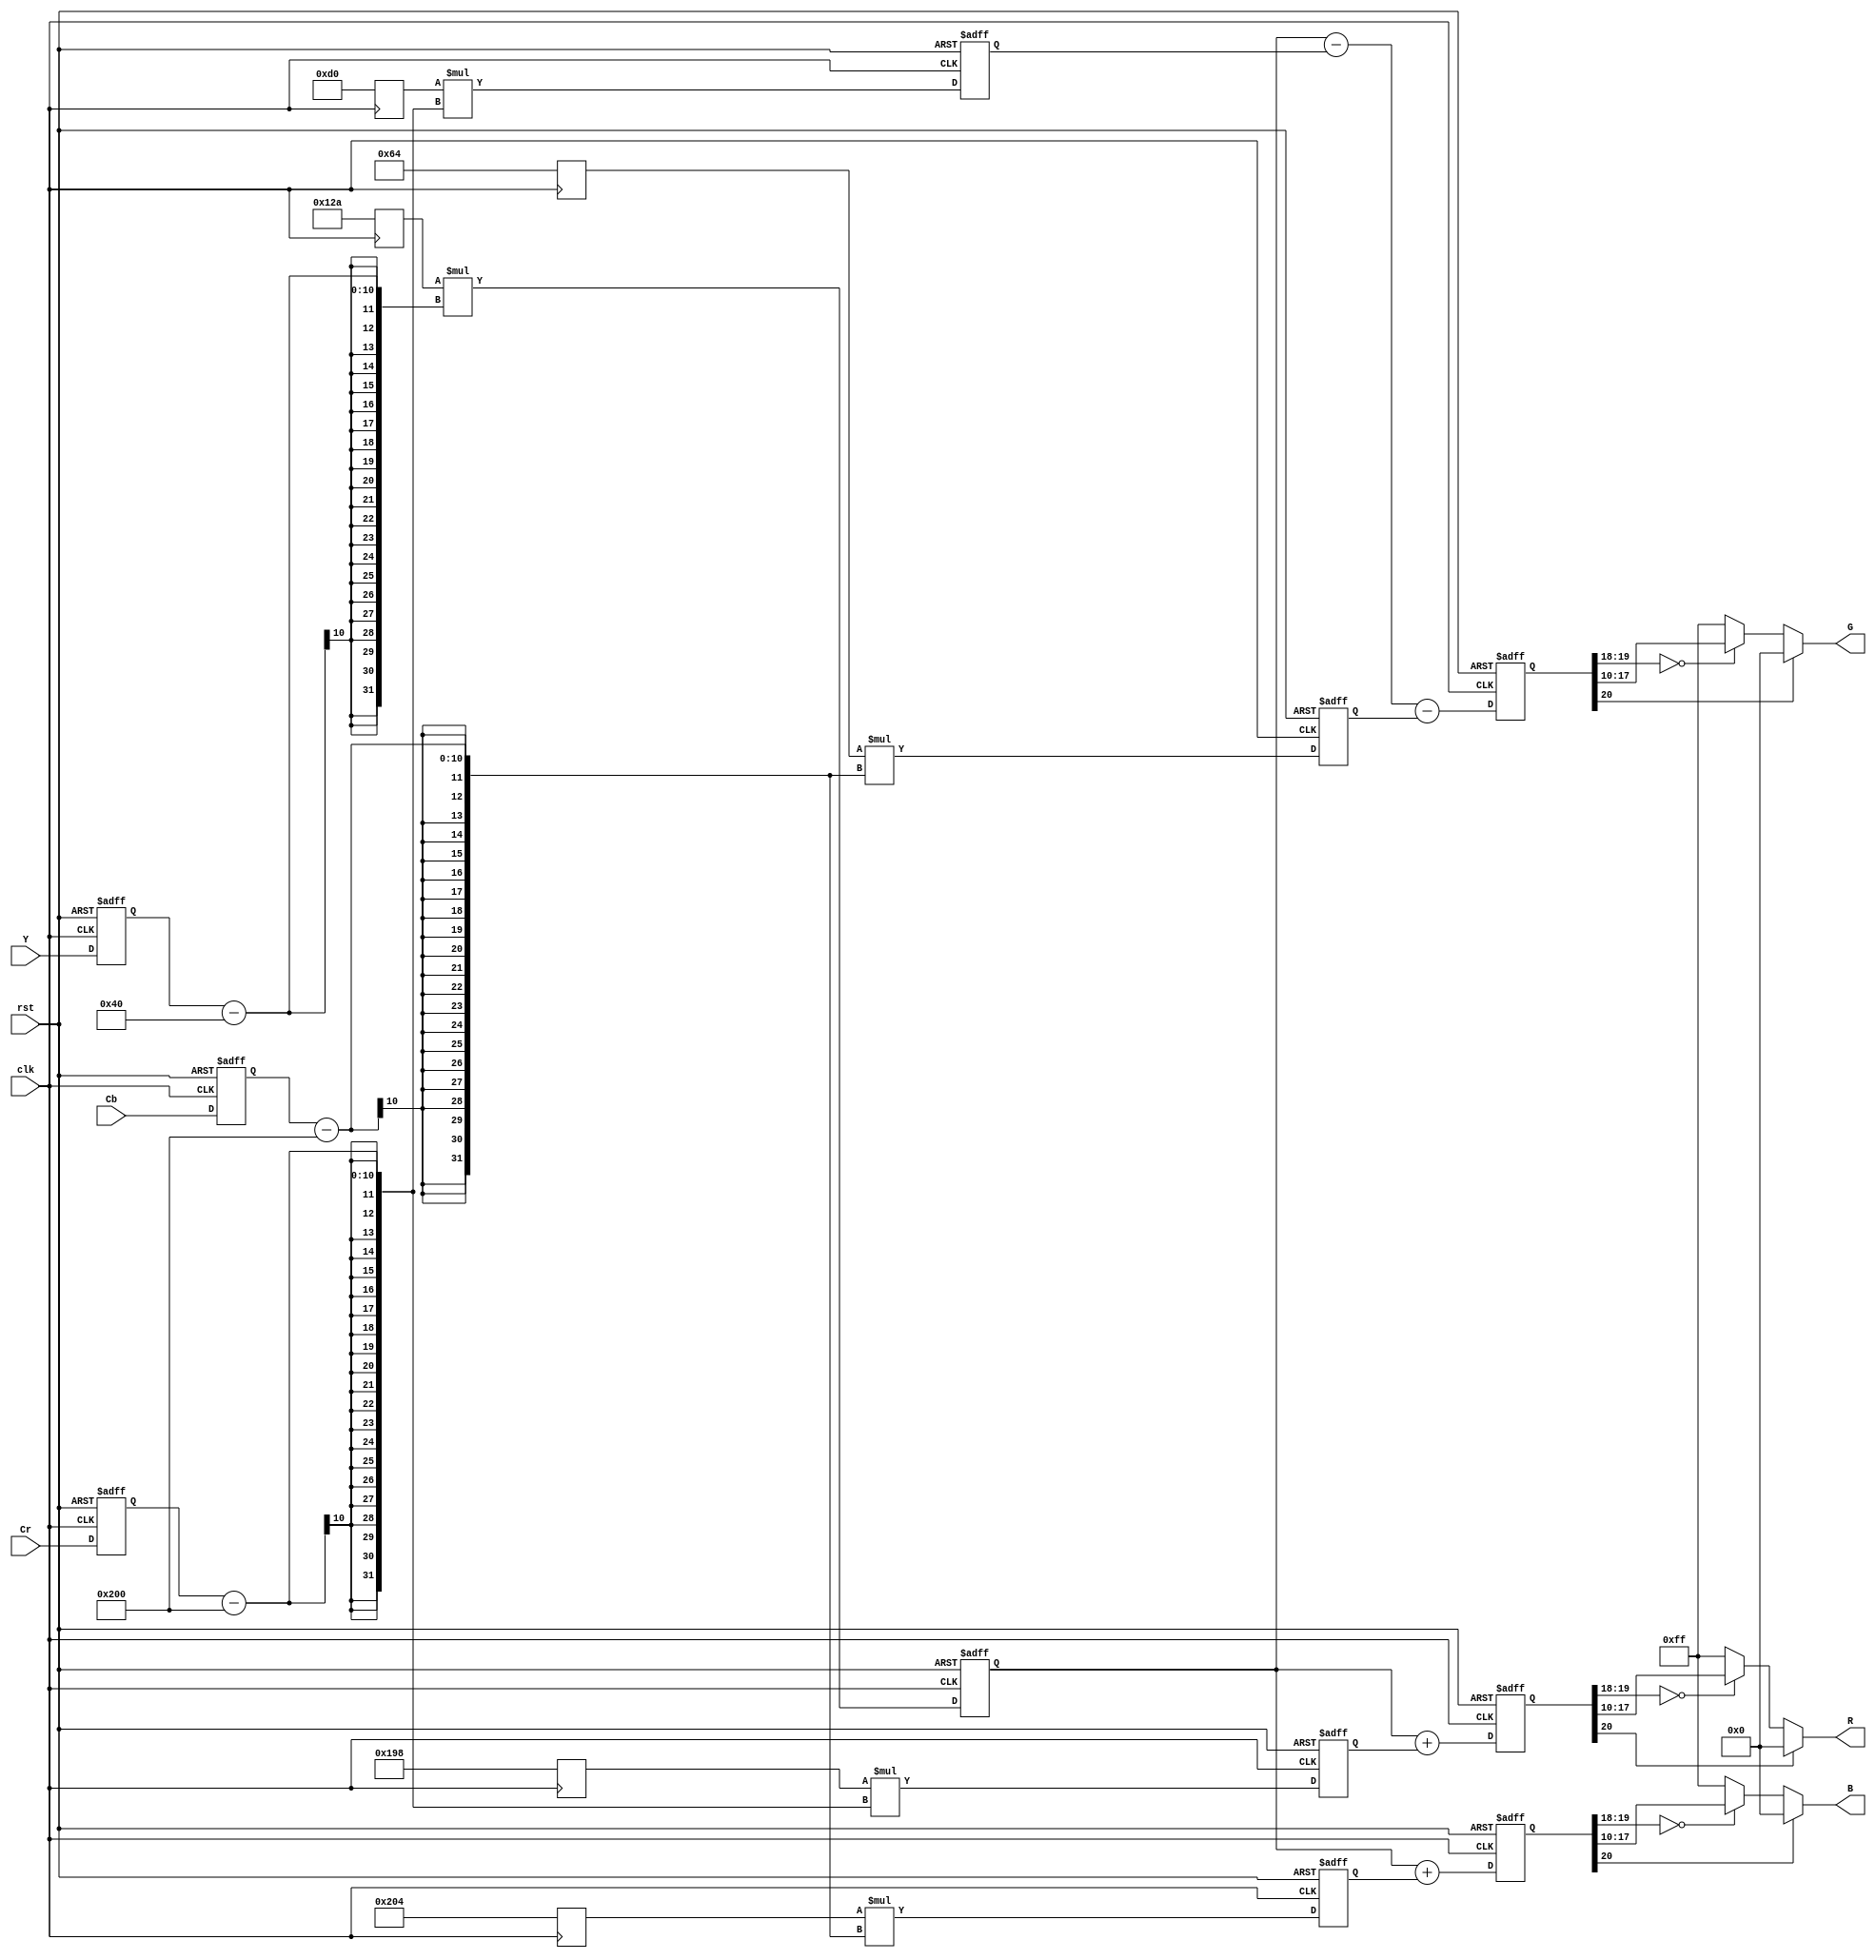
module ycrcb2rgb ( R, G, B, clk, rst, Y, Cr, Cb );
output [7:0]  R, G, B;
input clk,rst;
input[9:0] Y, Cr, Cb;
wire [7:0] R,G,B;
reg [20:0] R_int,G_int,B_int,X_int,A_int,B1_int,B2_int,C_int; 
reg [9:0] const1,const2,const3,const4,const5;
reg[9:0] Y_reg, Cr_reg, Cb_reg;
always @ (posedge clk)
begin
 const1 = 10'b 0100101010; 
 const2 = 10'b 0110011000; 
 const3 = 10'b 0011010000; 
 const4 = 10'b 0001100100; 
 const5 = 10'b 1000000100; 
end
always @ (posedge clk or posedge rst)
   if (rst)
      begin
      Y_reg <= 0; Cr_reg <= 0; Cb_reg <= 0;
      end
   else  
      begin
	  Y_reg <= Y; Cr_reg <= Cr; Cb_reg <= Cb;
      end
always @ (posedge clk or posedge rst)
   if (rst)
      begin
       A_int <= 0; B1_int <= 0; B2_int <= 0; C_int <= 0; X_int <= 0;
      end
   else  
     begin
     X_int <= (const1 * (Y_reg - 'd64)) ;
     A_int <= (const2 * (Cr_reg - 'd512));
     B1_int <= (const3 * (Cr_reg - 'd512));
     B2_int <= (const4 * (Cb_reg - 'd512));
     C_int <= (const5 * (Cb_reg - 'd512));
     end
always @ (posedge clk or posedge rst)
   if (rst)
      begin
       R_int <= 0; G_int <= 0; B_int <= 0;
      end
   else  
     begin
     R_int <= X_int + A_int;  
     G_int <= X_int - B1_int - B2_int; 
     B_int <= X_int + C_int; 
     end
assign R = (R_int[20]) ? 0 : (R_int[19:18] == 2'b0) ? R_int[17:10] : 8'b11111111;
assign G = (G_int[20]) ? 0 : (G_int[19:18] == 2'b0) ? G_int[17:10] : 8'b11111111;
assign B = (B_int[20]) ? 0 : (B_int[19:18] == 2'b0) ? B_int[17:10] : 8'b11111111;
endmodule